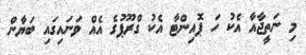
މި ނަތީޖާއާ އެކު ހަ ޕޮއިންޓާ އެކު ގްރޫޕުގެ އެއް ވަނައިގައި ބަޔާން